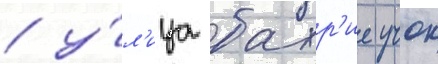
/ у́л'ица бахр'ие учок